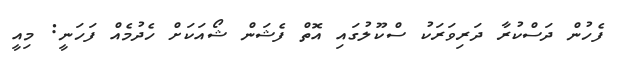
ފެހުން ދަސްކުރާ ދަރިވަރަކު ސްކޫލުގައި އޮތް ފެޝަން ޝޯއަކަށް ހެދުމެއް ފަހަނީ: މިއީ